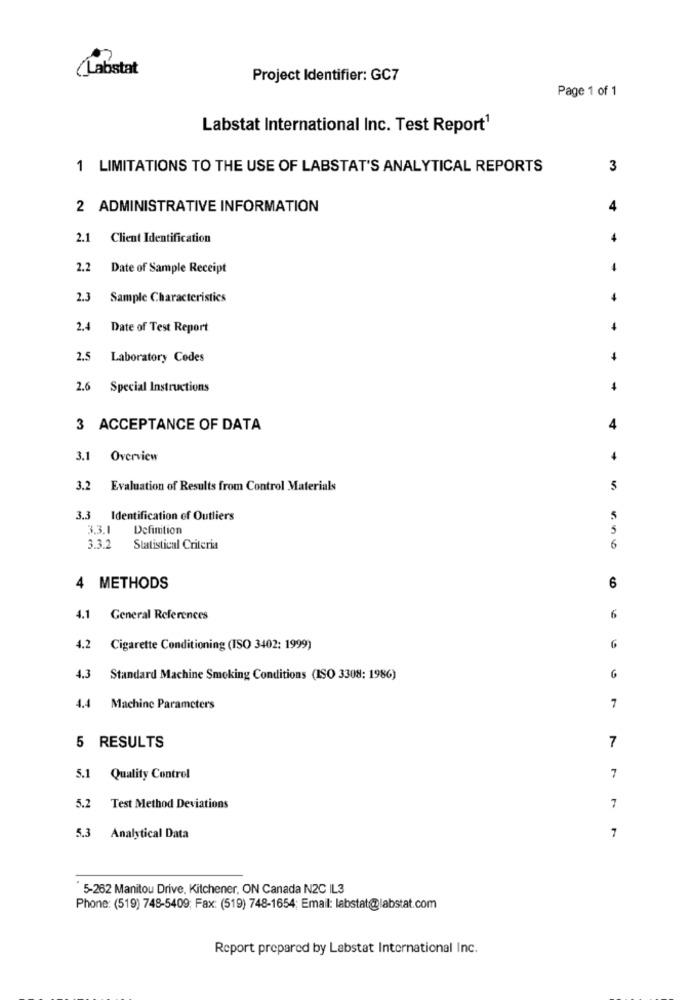
(Labstat
Project Identifier: GC7
Page 1 of 1
Labstat International Inc. Test Report1
1 LIMITATIONS TO THE USE OF LABSTAT'S ANALYTICAL REPORTS
3
2 ADMINISTRATIVE INFORMATION
2.1 Client Identification
2.2
Date of Sample Receipt
-
2.3 Sample Characteristics
+
2.4
Date of Test Report
2.5 Laboratory Codes
2.6 Special Instructions
+
3 ACCEPTANCE OF DATA
4
3.1 Overview
+
3.2 Evaluation of Results from Control Materials
5
3.3 Identification of Outliers
3.3.1
Definition
3.3.2
Statistical Criteria
.no
4 METHODS
6
4.1 General References
6
4.2 Cigarette Conditioning (ISO 3402: 1999)
6
4.3 Standard Machine Smoking Conditions (ISO 3308: 1986)
6
4.4 Machine Parameters
7
7
5 RESULTS
5.1 Quality Control
7
5.2 Test Method Deviations
7
5.3 Analytical Data
7
5-262 Manitou Drive, Kitchener, ON Canada N2C IL3
Phone: (519) 748-5409; Fax: (519) 748-1654; Email: labstat@labstat.com
Report prepared by Labstat International Inc.